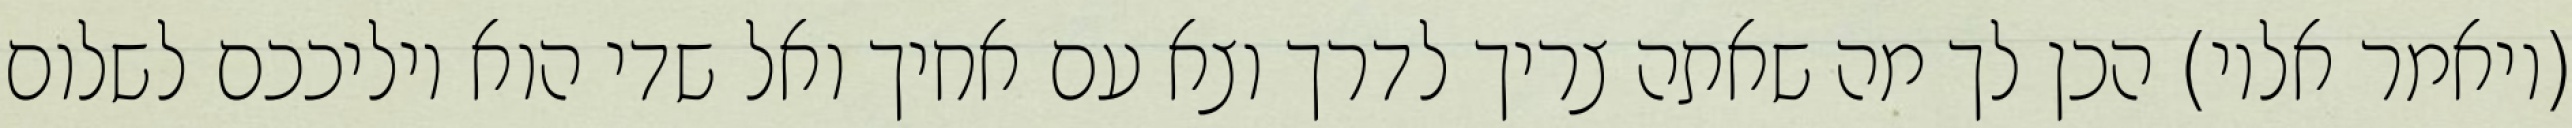
(ויאמר אליו) הכן לך מה שאתה צריך לדרך וצא עם אחיך ואל שדי הוא יוליככם לשלום